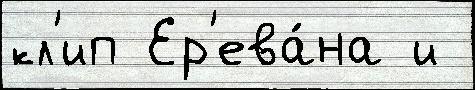
кл'ип Ер'ева́на и